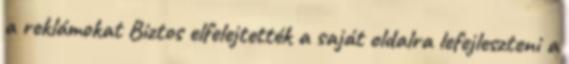
a reklámokat Biztos elfelejtették a saját oldalra lefejleszteni a